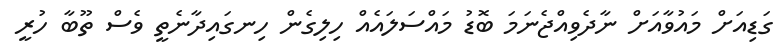
ގަޑިއަށް މައުވާއަށް ނާދެވިއްޖެނަމަ ބޮޑު މައްސަލައެއް ހިލިގެން ހިނގައިދާނެތީ ވެސް ތޫބާ ހުރީ